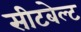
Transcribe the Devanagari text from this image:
सीटबेल्‍ट